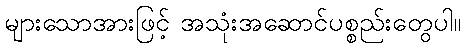
များသောအားဖြင့် အသုံးအဆောင်ပစ္စည်းတွေပါ။